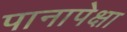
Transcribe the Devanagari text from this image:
पानापेक्षा